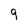
Character: g